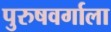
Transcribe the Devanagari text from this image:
पुरुषवर्गाला